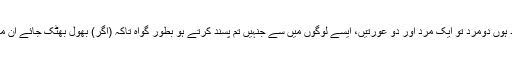
اور گواہ بنالو دو گواہ اپنے مردوں میں سے پھر اگر نہ موجود ہوں دومرد تو ایک مرد اور دو عورتیں، ایسے لوگوں میں سے جنہیں تم پسند کرتے ہو بطورِ گواہ تاکہ (اگر) بھول بھٹک جائے ان میں سے ایک تو یاد دہانی کرادے ان میں سے ایک دوسری کو۔